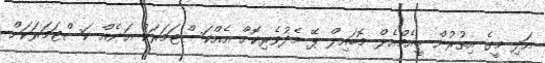
އަދި މީގެ އިތުރުން ބީއެމްއެލް މޮބައިލް ޕޭ މެދުވެރިކޮށް އެއްކަސްޓަމަރަކު އަނެއް ކަސްޓަމަރަކަށް